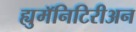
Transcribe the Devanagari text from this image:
ह्युमॅनिटिरीअन